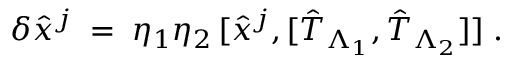
\delta { \hat { x } } ^ { j } \; = \; \eta _ { 1 } \eta _ { 2 } \, [ { \hat { x } } ^ { j } , [ { \hat { T } } _ { \Lambda _ { 1 } } , { \hat { T } } _ { \Lambda _ { 2 } } ] ] \; .